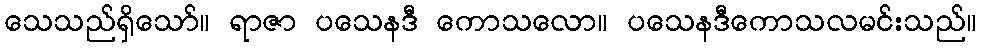
သေသည်ရှိသော်။ ရာဇာ ပသေနဒီ ကောသလော။ ပသေနဒီကောသလမင်းသည်။